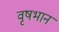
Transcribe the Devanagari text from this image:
वृषभान